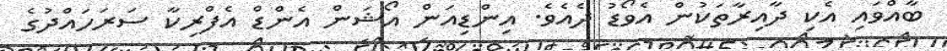
ބާއްވައި އެކި ދާއިރާތަކުން އެވޯޑު ދެއެވެ. އިިންޑިއަން އޯޝަން އެންޑް އެފްރިކާ ސަރަހައްދުގެ